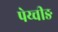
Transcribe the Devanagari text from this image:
पेय्चीङ